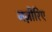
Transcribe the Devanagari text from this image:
नज़ीरिए